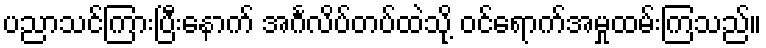
ပညာသင်ကြားပြီးနောက် အင်္ဂလိပ်တပ်ထဲသို့ ဝင်ရောက်အမှုထမ်းကြသည်။